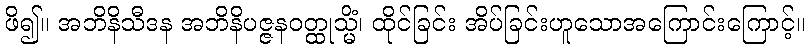
ဖိ၍။ အဘိနိသီဒန အဘိနိပဇ္ဇနဝတ္ထုသ္မိံ၊ ထိုင်ခြင်း အိပ်ခြင်းဟူသောအကြောင်းကြောင့်။